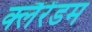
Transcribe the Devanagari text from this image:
क्लैंरेंडम